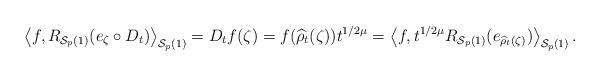
LaTeX: \begin{align*}\left\langle f, R_{\mathcal{S}_p(1)}(e_{\zeta}\circ D_t)\right\rangle_{\mathcal{S}_p(1)} = D_tf(\zeta) = f(\widehat{\rho}_t(\zeta))t^{1/2\mu} = \left\langle f, t^{1/2\mu} R_{\mathcal{S}_p(1)}(e_{\widehat{\rho}_t(\zeta)})\right\rangle_{\mathcal{S}_p(1)}.\end{align*}